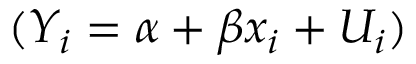
( Y _ { i } = \alpha + \beta x _ { i } + U _ { i } )